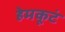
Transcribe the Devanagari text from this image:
हेमकूटं